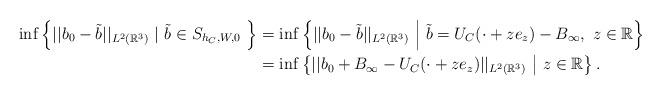
LaTeX: \begin{align*}\inf\left\{||b_0-\tilde{b}||_{L^{2}(\mathbb{R}^{3})}\ |\ \tilde{b}\in S_{h_C,W,0}\ \right\}&=\inf\left\{||b_0-\tilde{b}||_{L^{2}(\mathbb{R}^{3})}\ \middle|\ \tilde{b}=U_C(\cdot +ze_z)-B_{\infty},\ z\in \mathbb{R} \right\} \\&=\inf\left\{||b_0+B_{\infty}-U_C(\cdot +ze_z)||_{L^{2}(\mathbb{R}^{3})}\ \middle|\ z\in \mathbb{R} \right\}.\end{align*}